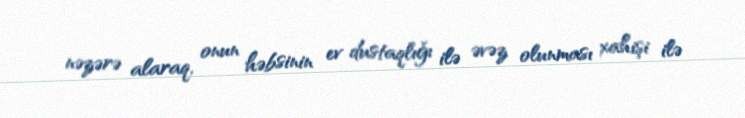
nəzərə alaraq, onun həbsinin ev dustaqlığı ilə əvəz olunması xahişi ilə